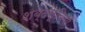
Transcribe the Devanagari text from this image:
शब्दसूचिय़ाँ